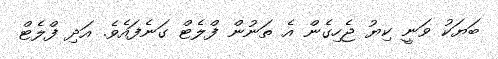
ބަޔަކު ވަނީ ކިޔު ޖެހިގެން އެ ތަނުން ފްލެޓް ގަނެފައެވެ. އަދި ފްލެޓް